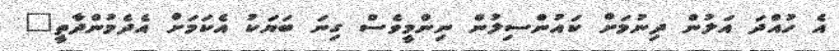
އެ ހުއްދަ އަލުން ދިނުމަށް ކައުންސިލުން ނިންމީވެސް ގިނަ ބަޔަކު އެކަމަށް އެދެމުންދާތީ"